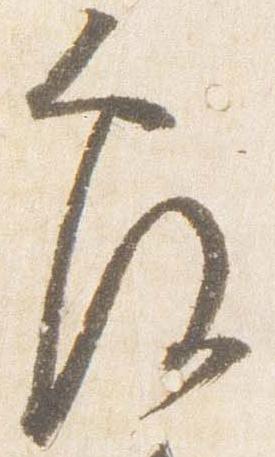
覆